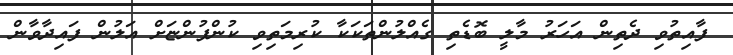
ފާއިތުވި ދެތިން އަހަރު މާލީ ބޮޑެތި ގެއްލުންތަކަކާ ކުރިމަތިވި ކުންފުންޏަށް އަލުން ފައިދާވާން